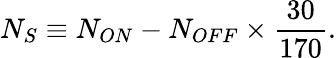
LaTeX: N_{S}\equiv N_{ON}-N_{OFF}\times\frac{30}{170}.